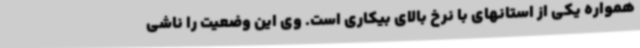
همواره یکی از استانهای با نرخ بالای بیکاری است. وی این وضعیت را ناشی